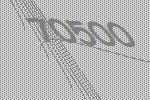
70500